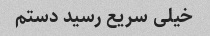
خیلی سریع رسید دستم